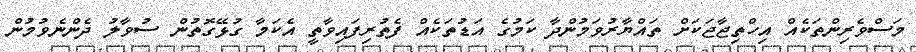
މަސްވެރިންތަކެއް އިހްތިޖާޖަކަށް ތައްޔާރުވަމުންދާ ކަމުގެ އަޑުތަކެއް ފެތުރިފައިވާތީ އެކަމާ ގުޅޭގޮތުން ސުވާލު ދެންނެވުމުން